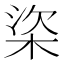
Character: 𣒿